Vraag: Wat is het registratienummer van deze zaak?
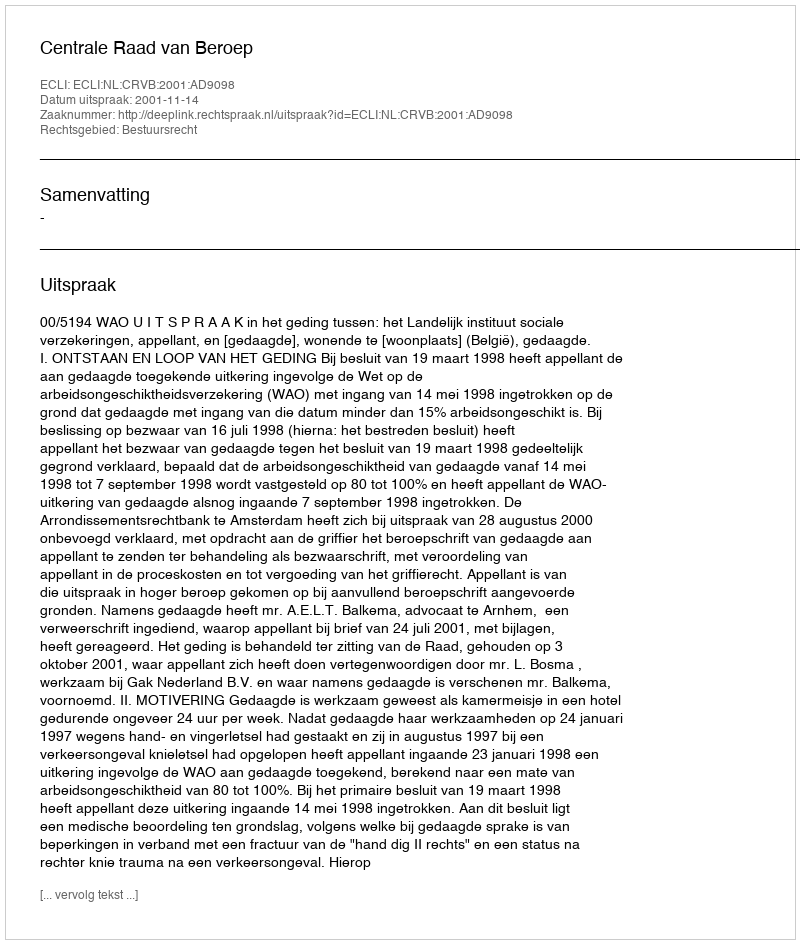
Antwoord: http://deeplink.rechtspraak.nl/uitspraak?id=ECLI:NL:CRVB:2001:AD9098